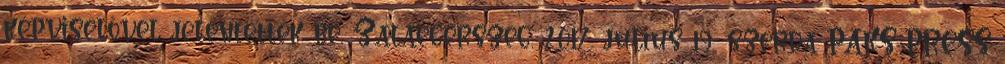
képviselővel jelentették be, Zalaegerszeg, 2017. július 19., szerda PAKS-PRESS